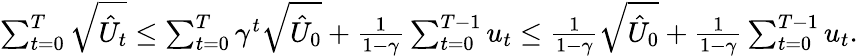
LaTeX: \begin{array}{r}{\sum_{t=0}^{T}\sqrt{\hat{U}_{t}}\le\sum_{t=0}^{T}\gamma^{t}\sqrt{\hat{U}_{0}}+\frac{1}{1-\gamma}\sum_{t=0}^{T-1}u_{t}\le\frac{1}{1-\gamma}\sqrt{\hat{U}_{0}}+\frac{1}{1-\gamma}\sum_{t=0}^{T-1}u_{t}.}\end{array}